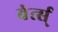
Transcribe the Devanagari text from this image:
वेर्त्स्